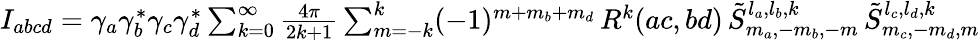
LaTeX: \begin{array}{r}{I_{abcd}=\gamma_{a}\gamma_{b}^{*}\gamma_{c}\gamma_{d}^{*}\sum_{k=0}^{\infty}\frac{4\pi}{2k+1}\sum_{m=-k}^{k}(-1)^{m+m_{b}+m_{d}}\, R^{k}(ac,bd)\, \tilde{S}_{m_{a},-m_{b},-m}^{l_{a},l_{b},k}\, \tilde{S}_{m_{c},-m_{d},m}^{l_{c},l_{d},k}}\end{array}